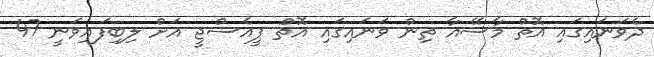
ދެވަނައިގައި އޮތް މާސޭއާ ތިން ވަނައިގައި އޮތް ޕީއެސްޖީ އަށް ލިބިފައިވަނީ 47